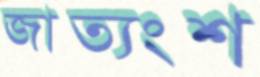
জাত্যংশ